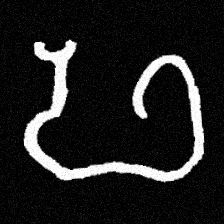
Pyu character \u2014 Myanmar letter: ဖ (romanized: pha)